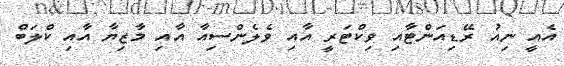
އެއީ ނިއު ރޭޑިއަންޓާއި ވިކްޓަރީ އާއި ވެލެންސިއާ އާއި މާޒިޔާ އާއި ކްލަބް